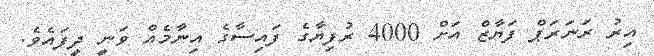
އިރު ރަނަރަޕް ފަޔާޒް އަށް 4000 ރުފިޔާގެ ފައިސާގެ އިނާމެއް ވަނީ ދީފައެވެ.